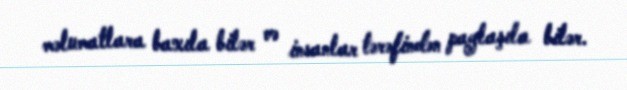
məlumatlara baxıla bilər və insanlar tərəfindən paylaşıla bilər.